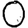
Digit: 0